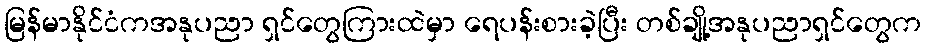
မြန်မာနိုင်ငံကအနုပညာ ရှင်တွေကြားထဲမှာ ရေပန်းစားခဲ့ပြီး တစ်ချို့အနုပညာရှင်တွေက